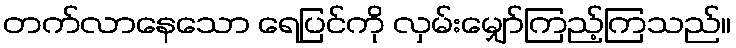
တက်လာနေသော ရေပြင်ကို လှမ်းမျှော်ကြည့်ကြသည်။